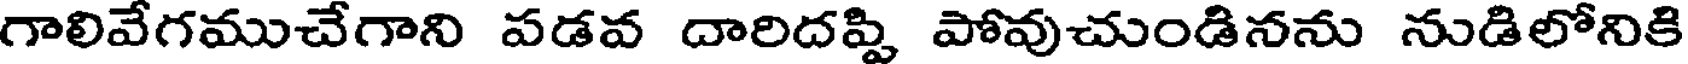
గాలివేగముచేగాని పడవ దారిదప్పి పోవుచుండినను నుడిలోనికి